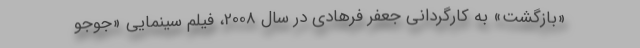
«بازگشت» به کارگردانی جعفر فرهادی در سال 2008، فیلم سینمایی «جوجو